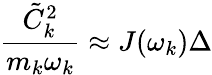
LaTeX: \frac{\tilde{C}_{k}^{2}}{m_{k}\omega_{k}}\approx J(\omega_{k})\Delta